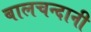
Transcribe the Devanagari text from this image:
बालचन्दानी